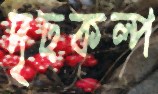
দৃঢ়কল্প